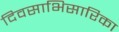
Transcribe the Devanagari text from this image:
दिवसाभिसारिका